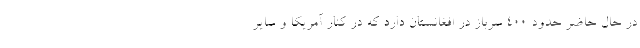
در حال حاضر حدود ۴۰۰ سرباز در افغانستان دارد که در کنار آمریکا و سایر